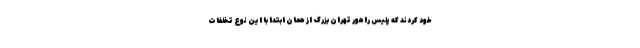
خود کردند که پلیس راهور تهران بزرگ از همان ابتدا با این نوع تخلفات